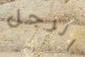
الرجل